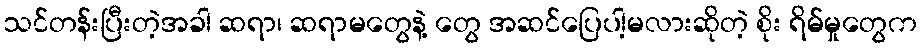
သင်တန်းပြီးတဲ့အခါ ဆရာ၊ ဆရာမတွေနဲ့ တွေ အဆင်ပြေပါ့မလားဆိုတဲ့ စိုး ရိမ်မှုတွေက